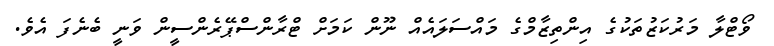
ވޯޓްލާ މަރުކަޒުތަކުގެ އިންތިޒާމްގެ މައްސަލައެއް ނޫން ކަމަށް ޓްރާންސްޕޭރެންސީން ވަނީ ބެނެފަ އެވެ.